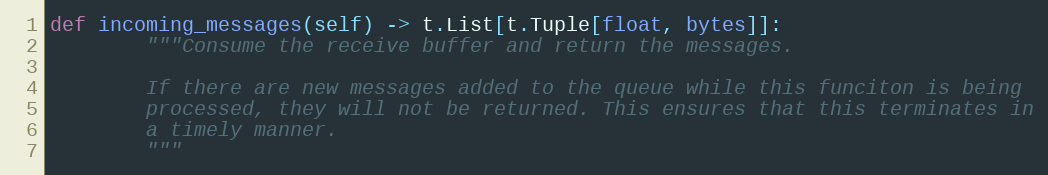
Language: Python
def incoming_messages(self) -> t.List[t.Tuple[float, bytes]]:
        """Consume the receive buffer and return the messages.

        If there are new messages added to the queue while this funciton is being
        processed, they will not be returned. This ensures that this terminates in
        a timely manner.
        """